Civil Veterinary Dept. Bombay admin report 1923-31 - 1923-1931
Year: 1923
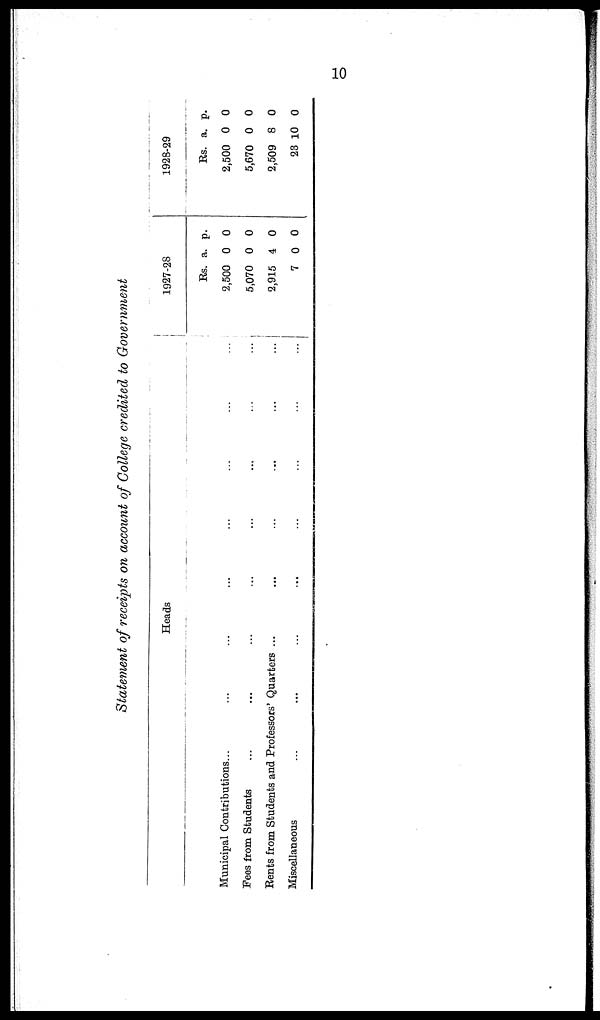
10
Statement of receipts on account of College credited to Government
Heads
Municipal Contributions... ... ... ... ... ... ... ...
Fees from Students... ... ... ... ... ... ... ...
Rents from Students and Professors' Quarters ... ... ... ... ... ...
Miscellaneous ... ... ... ... ... ... ... ...
1927-28
Rs.
2,500
5,070
2,915
7
a.
0
0
4
0
p.
0
0
0
0
1928-29
Rs.
2,500
5,670
2,509
23
a.
0
0
8
10
p.
0
0
0
0